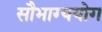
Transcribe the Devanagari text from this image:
सौभाग्ययोग